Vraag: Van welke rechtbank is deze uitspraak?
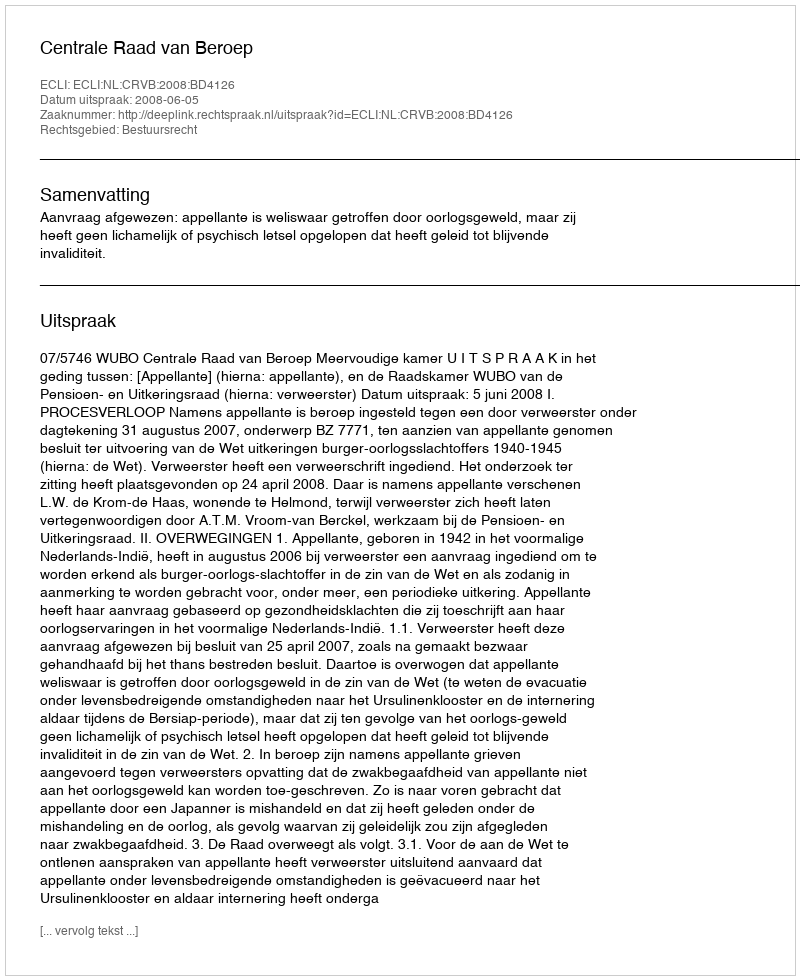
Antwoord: Centrale Raad van Beroep